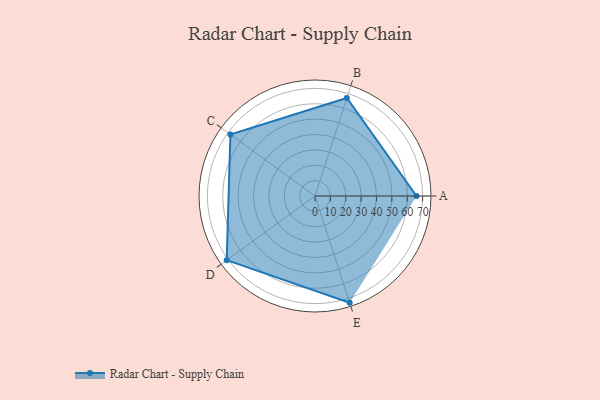
{"axis": {"x": "Skill", "y": "Score"}, "legend": ["Profile"], "data": [{"x": "A", "y": 66.0, "type": "Profile"}, {"x": "B", "y": 67.0, "type": "Profile"}, {"x": "C", "y": 68.0, "type": "Profile"}, {"x": "D", "y": 71.0, "type": "Profile"}, {"x": "E", "y": 73.0, "type": "Profile"}]}